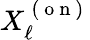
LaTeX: X_{\ell}^{\mathrm{~(~o~n~)~}}